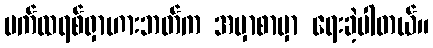
ပက်ထရစ်ရှာဟားဘတ်က အမှာစာမှာ ရေးခဲ့ပါတယ်။